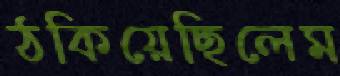
ঠকিয়েছিলেম